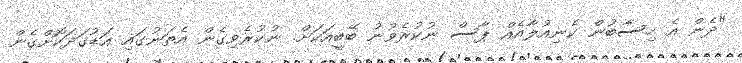
"ދެން އެ ހިސާބުން ކެނިއުލާއެއް ޕާސް ނުކުރެވުނު ބޭބީއަކަށް. ނުކުރެވިގެން އެތަނުގައި އަޑުގަދަކޮށްގެން